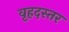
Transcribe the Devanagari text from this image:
वृहदस्तर